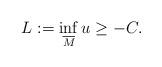
LaTeX: \begin{align*}L := \inf_{\overline{M}} u \geq - C.\end{align*}